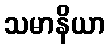
သမာနိယာ